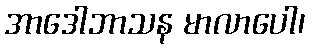
အာဒေါဘာသန မာလာပေါ၊